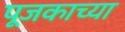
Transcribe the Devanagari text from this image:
पूजकाच्या